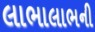
લાભાલાભની